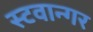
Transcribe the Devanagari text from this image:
स्टवान्गर